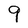
Character: 9